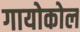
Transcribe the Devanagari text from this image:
गायोकोल